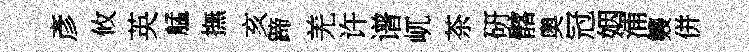
彥攸英艋撫亥蹄羌许谱屼茶硏髂奥冠姻浦䨇併